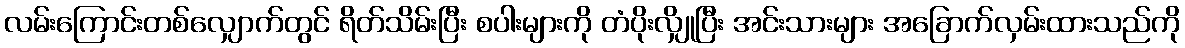
လမ်းကြောင်းတစ်လျှောက်တွင် ရိတ်သိမ်းပြီး စပါးများကို တံပိုးလျှိုပြီး အင်းသားများ အခြောက်လှမ်းထားသည်ကို